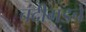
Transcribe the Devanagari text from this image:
चंदीगडचे